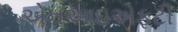
એનઆઇએફટી